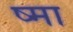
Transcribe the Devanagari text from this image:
ष्मा